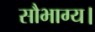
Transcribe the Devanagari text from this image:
सौभाग्य।